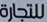
للتجارة